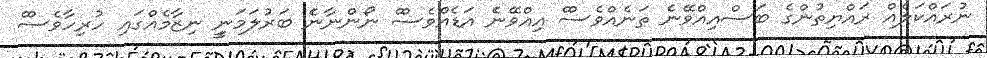
ނުރައްކަލެއްް ރައްޔިތުންގެެ ބަސްއިއްވޭނެެ ތަނެއްވެސްް އިއްވޭނެެ އަޑެއްވެސްް ނޯންނާނެެ ބަރުލަމަނީީ ނިޒާމެއްގައިި ހުރިހާވެސްް